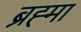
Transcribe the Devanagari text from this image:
ब्रह्‍मा